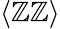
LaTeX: \langle\mathbb{Z}\mathbb{Z}\rangle